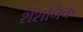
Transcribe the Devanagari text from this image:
शैशनिक